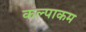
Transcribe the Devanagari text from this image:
कल्पाकम